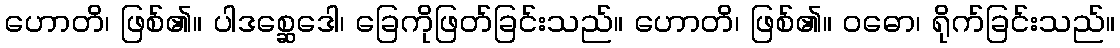
ဟောတိ၊ ဖြစ်၏။ ပါဒစ္ဆေဒေါ၊ ခြေကိုဖြတ်ခြင်းသည်။ ဟောတိ၊ ဖြစ်၏။ ဝဓော၊ ရိုက်ခြင်းသည်။